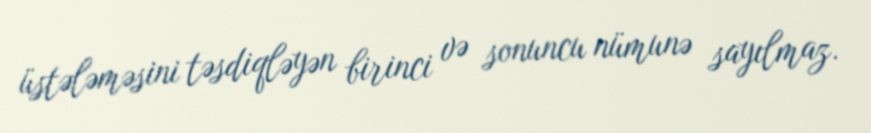
üstələməsini təsdiqləyən birinci və sonuncu nümunə sayılmaz.